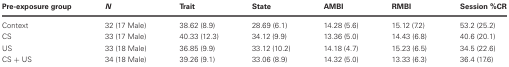
<table><thead><tr><td><b>Pre-exposure group</b></td><td><b><i>N</i></b></td><td><b>Trait</b></td><td><b>State</b></td><td><b>AMBI</b></td><td><b>RMBI</b></td><td><b>Session %CR</b></td></tr></thead><tbody><tr><td>Context</td><td>32 (17 Male)</td><td>38.62 (8.9)</td><td>28.69 (6.1)</td><td>14.28 (5.6)</td><td>15.12 (7.2)</td><td>53.2 (25.2)</td></tr><tr><td>CS</td><td>33 (17 Male)</td><td>40.33 (12.3)</td><td>34.12 (9.9)</td><td>13.36 (5.0)</td><td>14.43 (6.8)</td><td>40.6 (20.1)</td></tr><tr><td>US</td><td>33 (18 Male)</td><td>36.85 (9.9)</td><td>33.12 (10.2)</td><td>14.18 (4.7)</td><td>15.23 (6.5)</td><td>34.5 (22.6)</td></tr><tr><td>CS + US</td><td>34 (18 Male)</td><td>39.26 (9.1)</td><td>33.06 (8.9)</td><td>14.32 (5.0)</td><td>13.33 (6.3)</td><td>36.4 (17.6)</td></tr></tbody></table>